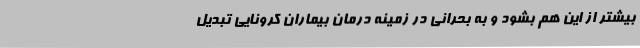
بیشتر از این هم بشود و به بحرانی در زمینه‌ درمان بیماران کرونایی تبدیل